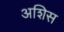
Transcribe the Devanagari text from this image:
अशिस